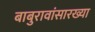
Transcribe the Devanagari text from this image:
बाबुरावांसारख्या